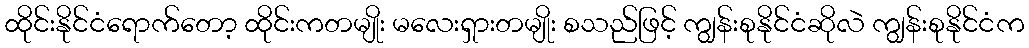
ထိုင်းနိုင်ငံရောက်တော့ ထိုင်းကတမျိုး မလေးရှားတမျိုး စသည်ဖြင့် ကျွန်းစုနိုင်ငံဆိုလဲ ကျွန်းစုနိုင်ငံက